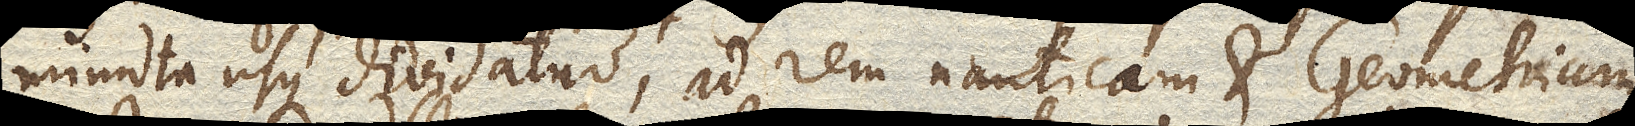
minuta usque dividatur ad rem nauticam et Geometriam